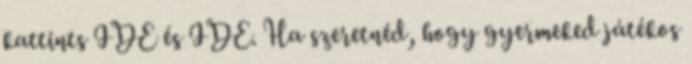
kattints IDE és IDE. Ha szeretnéd, hogy gyermeked játékos